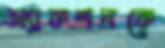
অ্যাকশনকে